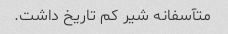
متآسفانه شیر کم تاریخ داشت.